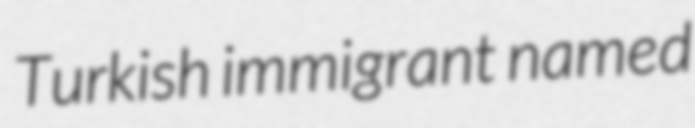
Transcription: Turkish immigrant named